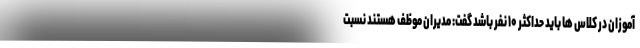
آموزان در کلاس ها باید حداکثر ۱۰ نفر باشد گفت: مدیران موظف هستند نسبت